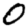
Digit: 0